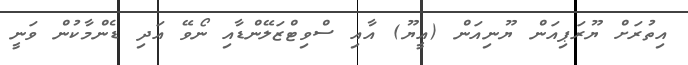
އިތުރަށް ޔޫރަޕިއަން ޔޫނިއަން (އީޔޫ) އާއި ސްވިޓްޒަލޭންޑާއި ނޯވޭ އަދި ޑެންމާކުން ވަނީ